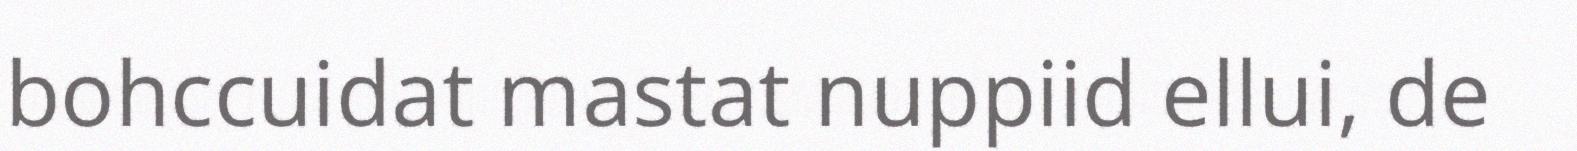
bohccuidat mastat nuppiid ellui, de